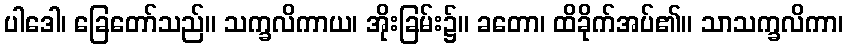
ပါဒေါ၊ ခြေတော်သည်။ သက္ခလိကာယ၊ အိုးခြမ်း၌။ ခတော၊ ထိခိုက်အပ်၏။ သာသက္ခလိကာ၊